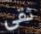
ثقى